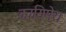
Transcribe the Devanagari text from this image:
कायिमेरा